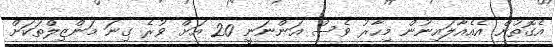
އެގޮތުން އެއެއާލައިނުން މިހާރު ވެސް އަންނަނީ 20 އަށް ވުރެ ގިނަ މަންޒިލްތަކަށް